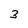
Character: 3